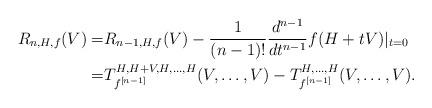
LaTeX: \begin{align*}R_{n,H,f}(V)=&R_{n-1,H,f}(V)-\frac{1}{(n-1)!}\frac{d^{n-1}}{dt^{n-1}}f(H+tV)|_{t=0}\\=&T^{H,H+V,H,\ldots,H}_{f^{[n-1]}}(V,\ldots,V)-T^{H,\ldots,H}_{f^{[n-1]}}(V,\ldots,V).\end{align*}